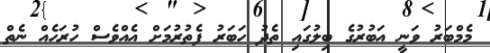
މެމްބަރު ވަނީ އަބުރުގެ ބިލުގައި ތެދު ހަބަރު ފެތުރުމަށް އެއްވެސް ހުރަހެއް ނެތް